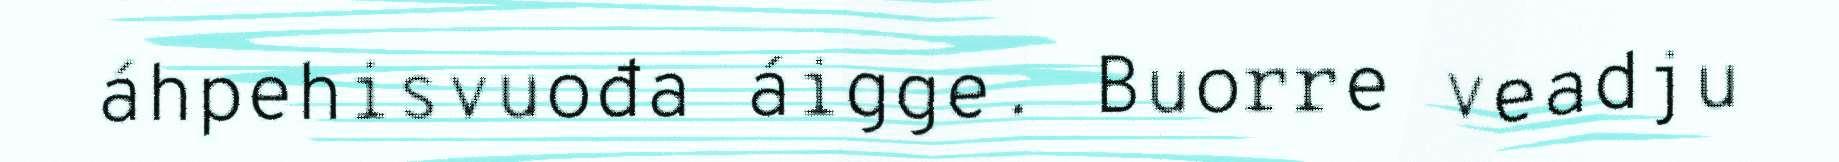
áhpehisvuođa áigge. Buorre veadju